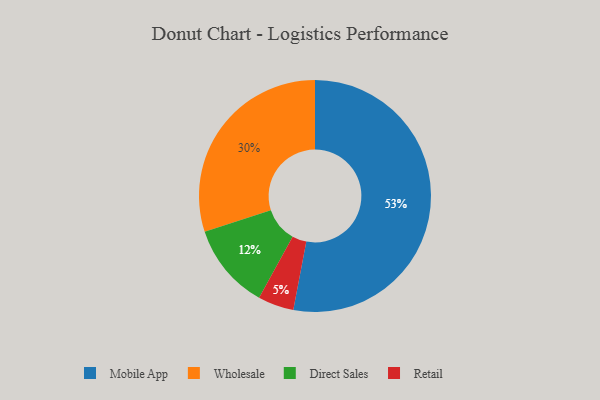
{"axis": {"x": "Category", "y": "Percentage"}, "legend": ["Direct Sales", "Mobile App", "Retail", "Wholesale"], "data": [{"x": "Direct Sales", "y": 12, "type": "Direct Sales"}, {"x": "Mobile App", "y": 53, "type": "Mobile App"}, {"x": "Retail", "y": 5, "type": "Retail"}, {"x": "Wholesale", "y": 30, "type": "Wholesale"}]}